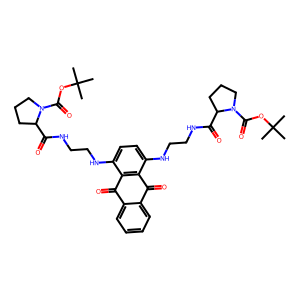
SMILES: CC(C)(C)OC(=O)N1CCCC1C(=O)NCCNc1ccc(NCCNC(=O)C2CCCN2C(=O)OC(C)(C)C)c2c1C(=O)c1ccccc1C2=O
Inhibits HIV replication: No